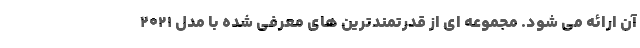
آن ارائه می شود. مجموعه ای از قدرتمندترین های معرفی شده با مدل 2021